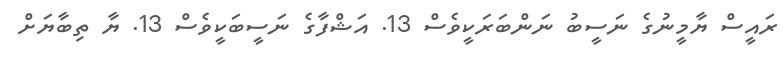
ރައީސް ޔާމީނުގެ ނަސީބު ނަންބަރަކީވެސް 13. އަޝްފާގެ ނަސީބަކީވެސް 13. ޔާ ތިބާޔަށް